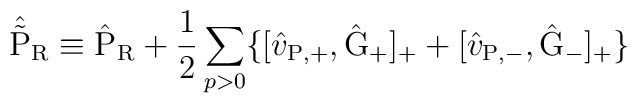
\hat{\tilde{\rm P}}_{\rm R} \equiv \hat{\rm P}_{\rm R} +\frac{1}{2} \sum_{p>0} \{[\hat{v}_{\rm P,+} ,\hat{\rm G}_{+}]_{+}+ [\hat{v}_{\rm P,-} , \hat{\rm G}_{-}]_{+} \}